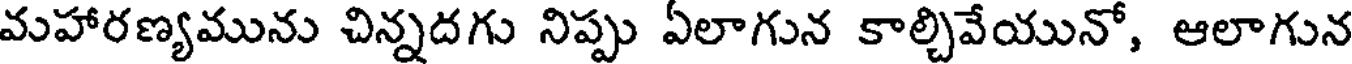
మహారణ్యమును చిన్నదగు నిప్పు ఏలాగున కాల్చివేయునో, ఆలాగున